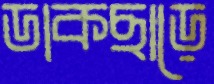
ডাকছাড়ে